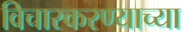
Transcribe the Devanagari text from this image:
विचारकरण्याच्या